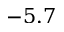
- 5 . 7